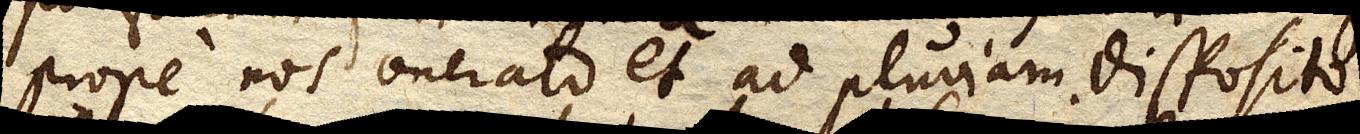
prope nos onerato et ad pluviam disposito,